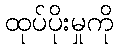
ထုပ်ပိုးမှုကို